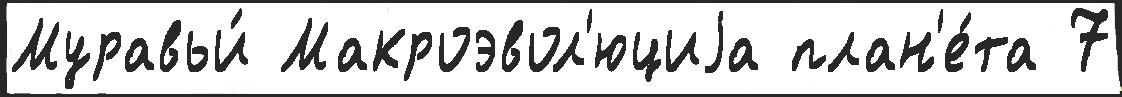
Муравьи́ Макроэвол'юциjа план'е́та 7